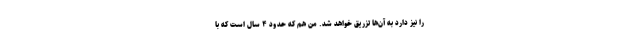
را نیز دارد به آن‌ها تزریق خواهد شد. من هم که حدود ۴ سال است که با